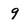
Character: 9